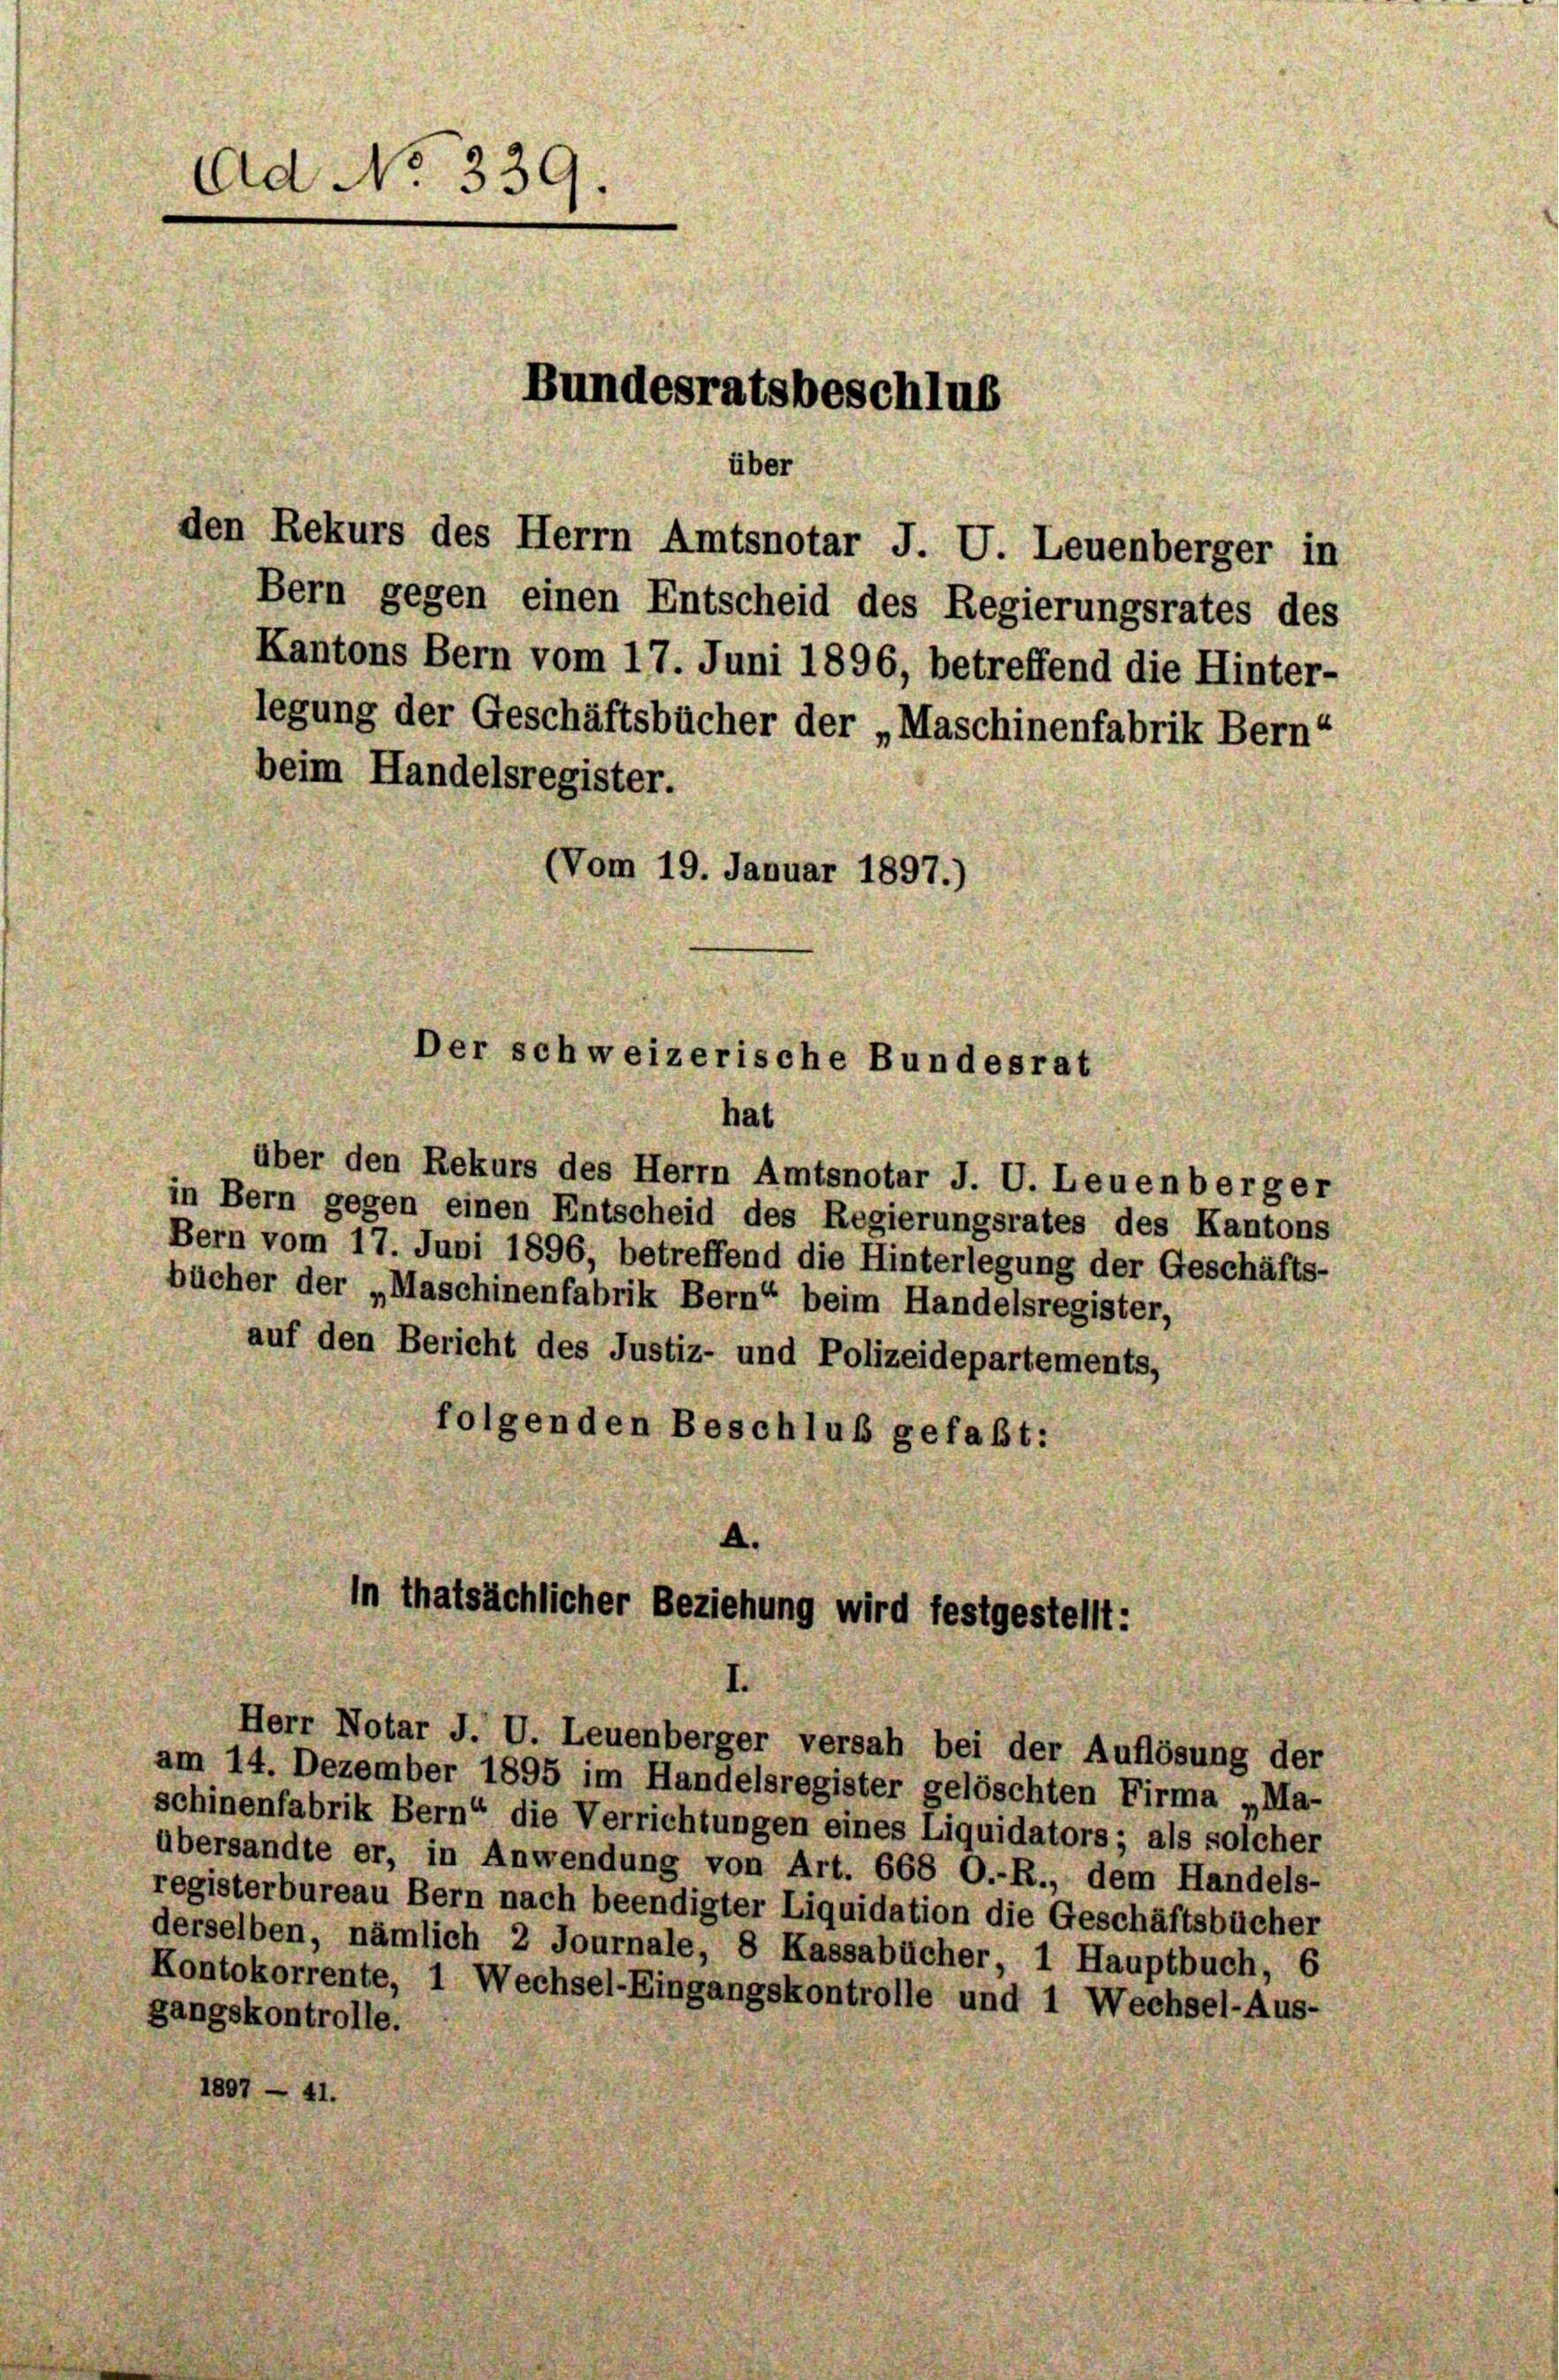
Ad No 330
Bundesratsbeschlus
über
den Rekurs des Herrn Amtsnotar J. U. Leuenberger in

Bern gegen einen Entscheid des Regierungsrates des
Kantons Bern vom 17. Juni 1896, betreffend die Hinter-
legung der Geschäftsbücher der „Maschinenfabrik Bern“
beim Handelsregister.
(Vom 19. Januar 1897.

Der schweizerische Bundesrat

hat
über den Rekurs des Herrn Amtsnotar J. U. Leuenberger
in Bern gegen einen Entscheid des Regierungsrates des Kantons
Bern vom 17. Juni 1896, betreffend die Hinterlegung der Geschäfts-
bücher der „Maschinenfabrik Bern“ beim Handelsregister,
auf den Bericht des Justiz- und Polizeidepartements,
folgenden Beschluß gefaßt:
In thatsächlicher Beziehung wird festgestellt:
Herr Notar J. U. Leuenberger versah bei der Auflösung der
am 14. Dezember 1895 im Handelsregister gelöschten Firma „Ma-
schinenfabrik Bern“ die Verrichtungen eines Liquidators; als solcher
übersandte er, in Anwendung von Art. 668 O.-R., dem Handels-
registerbureau Bern nach beendigter Liquidation die Geschäftsbücher
derselben, nämlich 2 Journale, 8 Kassabücher, 1 Hauptbuch,
Kontokorrente, 1 Wechsel-Eingangskontrolle und 1 Wechsel-Aus-
gangskontrolle.
1807 — 41.